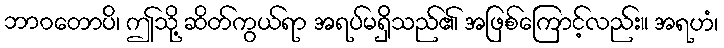
ဘာဝတောပိ၊ ဤသို့ ဆိတ်ကွယ်ရာ အရပ်မရှိသည်၏ အဖြစ်ကြောင့်လည်း။ အရဟံ၊